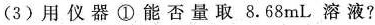
(3)用仪器①能否量取8.68mL溶液?